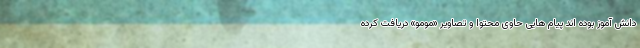
دانش آموز بوده اند پیام هایی حاوی محتوا و تصاویر «مومو» دریافت کرده